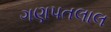
ગણપતલાલ